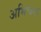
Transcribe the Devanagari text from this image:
अभिचन्द्र